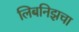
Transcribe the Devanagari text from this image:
लिबनिझचा